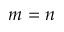
m = n